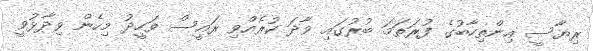
ރިޔާސީ އިންތިހާބުގެ ފުރަތަމަ ބުރުގައި ވާދަ ކުރެއްވި ރައީސް ވަހީދު މިހެން ވިދާޅުވީ